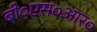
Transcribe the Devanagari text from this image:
बी०एस०आर०